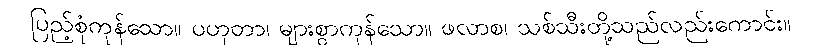
ပြည့်စုံကုန်သော။ ပဟုတာ၊ များစွာကုန်သော။ ဖလာစ၊ သစ်သီးတို့သည်လည်းကောင်း။